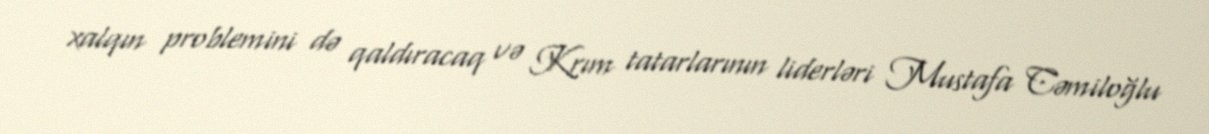
xalqın problemini də qaldıracaq və Krım tatarlarının liderləri Mustafa Cəmiloğlu